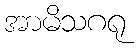
အာမိသဂရု